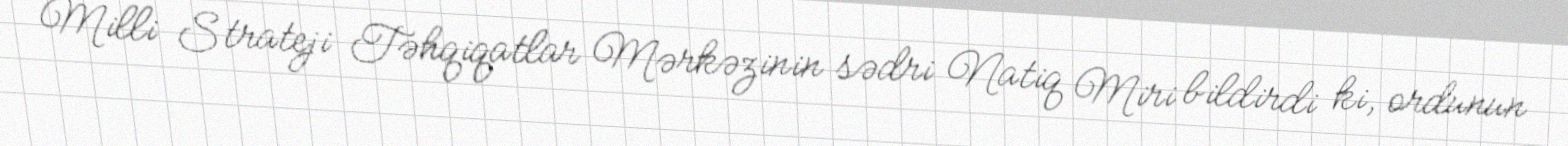
Milli Strateji Təhqiqatlar Mərkəzinin sədri Natiq Miri bildirdi ki, ordunun